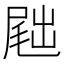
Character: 𪨕